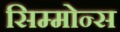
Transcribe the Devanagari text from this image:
सिम्मोन्स